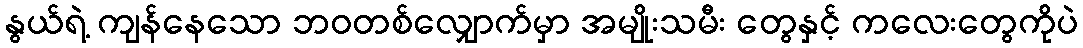
နွယ်ရဲ့ ကျန်နေသော ဘဝတစ်လျှောက်မှာ အမျိုးသမီး တွေနှင့် ကလေးတွေကိုပဲ